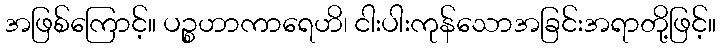
အဖြစ်ကြောင့်။ ပဉ္စဟာကာရေဟိ၊ ငါးပါးကုန်သောအခြင်းအရာတို့ဖြင့်။